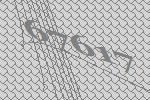
67617